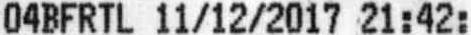
04BFRTL 11/12/2017 21:42: